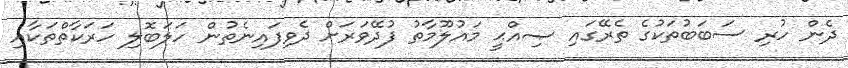
ދެން ހުރި ސަބަބުތަކުގެ ތެރޭގައި ޞިއްޙީ މައުލޫމާތު ފުދޭވަރަށް ދެވިފައިނެތުން ހަލަބޮލި ހަރަކާތްތަކާއި